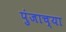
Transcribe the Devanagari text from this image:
पुंजाच्या